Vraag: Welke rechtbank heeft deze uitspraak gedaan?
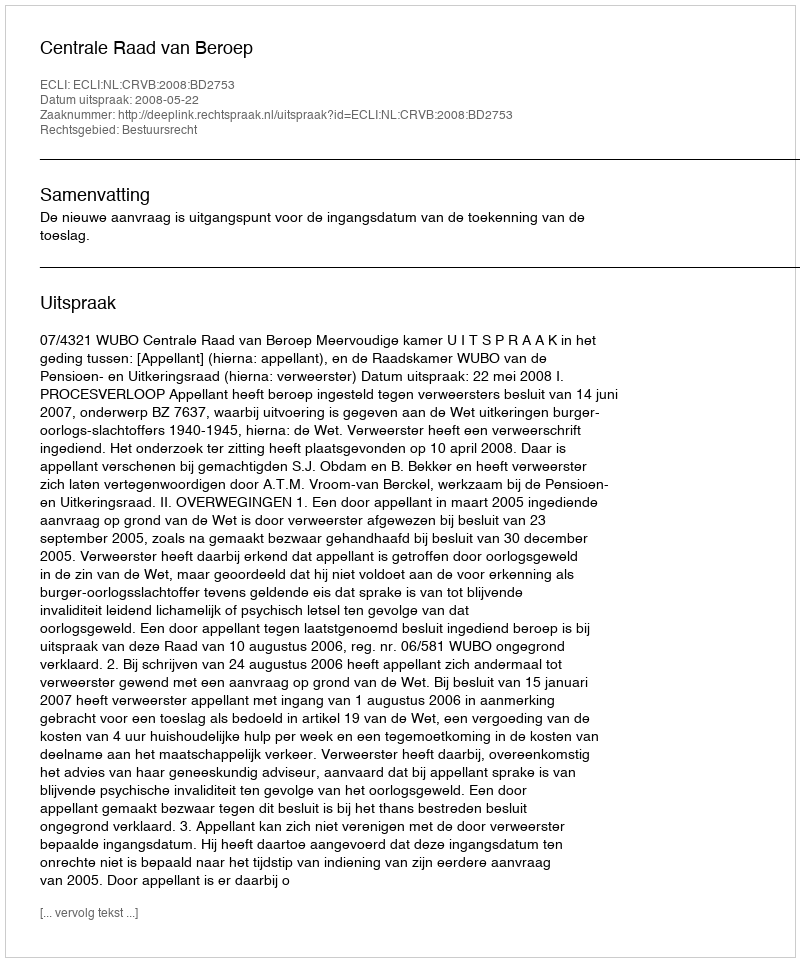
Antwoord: Centrale Raad van Beroep